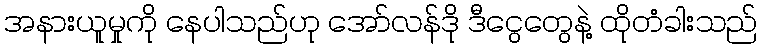
အနားယူမှုကို နေပါသည်ဟု အော်လန်ဒို ဒီငွေတွေနဲ့ ထိုတံခါးသည်